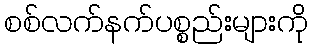
စစ်လက်နက်ပစ္စည်းများကို